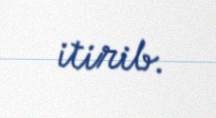
itirib.